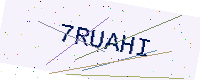
Text: 7RUAHI